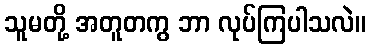
သူမတို့ အတူတကွ ဘာ လုပ်ကြပါသလဲ။